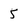
Character: 5